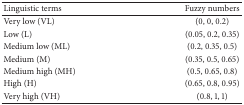
<table><thead><tr><td><b>Linguistic terms</b></td><td><b>Fuzzy numbers</b></td></tr></thead><tbody><tr><td>Very low (VL)</td><td>(0, 0, 0.2)</td></tr><tr><td>Low (L)</td><td>(0.05, 0.2, 0.35)</td></tr><tr><td>Medium low (ML)</td><td>(0.2, 0.35, 0.5)</td></tr><tr><td>Medium (M)</td><td>(0.35, 0.5, 0.65)</td></tr><tr><td>Medium high (MH)</td><td>(0.5, 0.65, 0.8)</td></tr><tr><td>High (H)</td><td>(0.65, 0.8, 0.95)</td></tr><tr><td>Very high (VH)</td><td>(0.8, 1, 1)</td></tr></tbody></table>